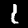
Digit: 1